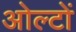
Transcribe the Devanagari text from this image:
ओल्टों